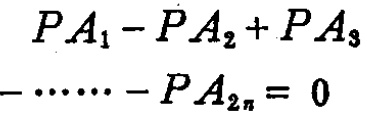
\(PA_{1}-PA_{2}+PA_{3}-\cdots -PA_{2n}=0\)